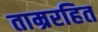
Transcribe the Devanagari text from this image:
ताम्ररहित